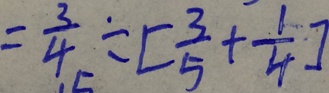
= \frac { 3 } { 4 } \div [ \frac { 3 } { 5 } + \frac { 1 } { 4 } ]